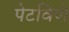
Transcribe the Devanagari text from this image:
पेटविणे